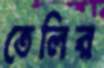
তেলির